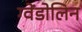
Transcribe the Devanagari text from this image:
ग्वेंडोलिन